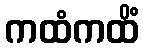
ကထံကထိံ